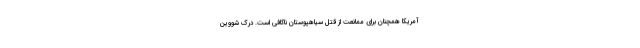
آمریکا همچنان برای ممانعت از قتل سیاهپوستان ناکافی است. درک شووین